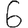
Digit: 6